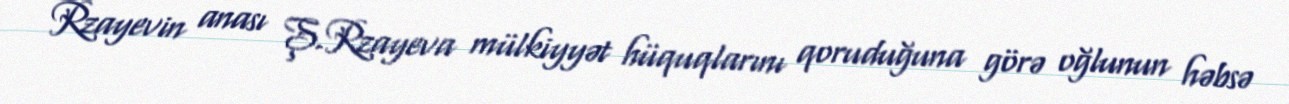
Rzayevin anası Ş.Rzayeva mülkiyyət hüquqlarını qoruduğuna görə oğlunun həbsə